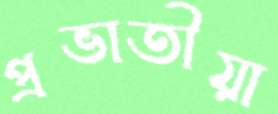
প্রভাতীয়া